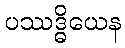
ပဿဒ္ဓိယေန